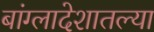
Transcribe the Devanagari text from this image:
बांग्लादेशातल्या